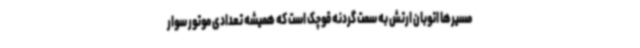
مسیرها اتوبان ارتش به سمت گردنه قوچک است که همیشه تعدادی موتور سوار